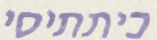
כיתתיסי